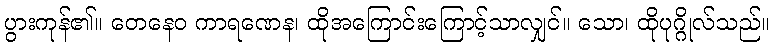
ပွားကုန်၏။ တေနေဝ ကာရဏေန၊ ထိုအကြောင်းကြောင့်သာလျှင်။ သော၊ ထိုပုဂ္ဂိုလ်သည်။